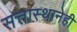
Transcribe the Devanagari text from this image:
सत्तास्थानेही